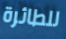
للطائرة